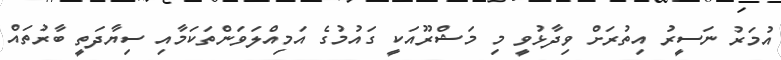
އުމަރު ނަސީރު އިތުރަށް ވިދާޅުވީ މި މަޝްރޫއަކީ ގައުމުގެ އަމިއްލަވަންތަކަމާއި ސިޔާދަތީ ބާރުތައް